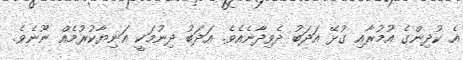
އެ ކުދިންގެ އުމުރާއި ގުޅޭ އަދަބު ދެވިދާނެއެވެ. އަދަބު ދިނުމަކީ އަނިޔާކުރުމެއް ނޫނެވެ.